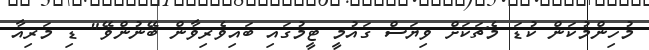
މުހިންމުކަން ކުޑަ މެޗަކަށް ވިޔަސް ގައުމީ ޓީމުގައި ބައިވެރިވާން ބޭނުންވޭ" ޑި މަރިއާ